Report on the working of the mental hospitals for Indians in Bihar and Orissa - 1925-1929
Year: 1925
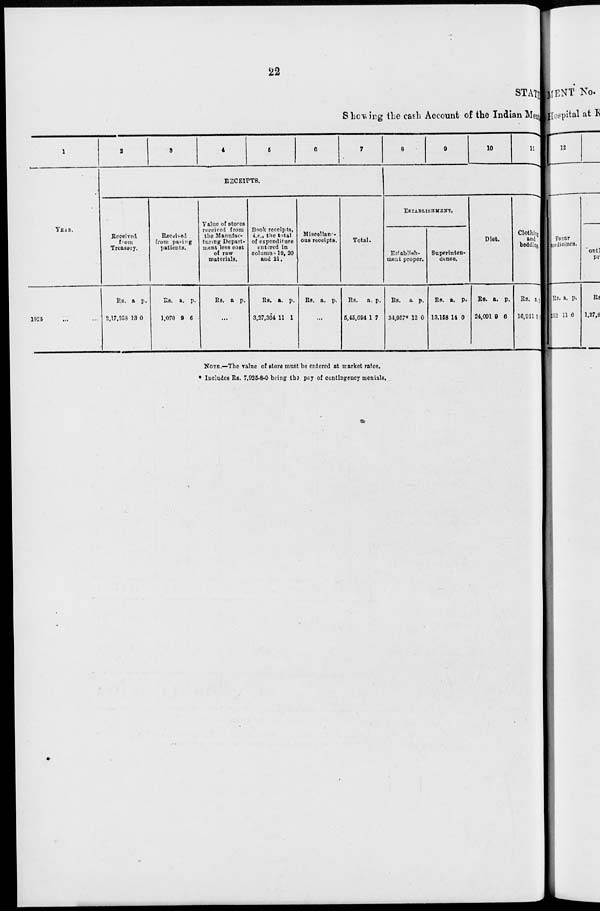
22
STATE
Showing the cash Account of the Indian Men
1
YEAR.
1925 ... ...
2
3
4
5
6
7
RECEIPTS.
Received
from
Treasury.
Rs.
2,17,258
a.
13
p.
0
Received
from paying
patients.
Rs.
1,070
a.
9
p.
6
Value of stores
received from
the Manufac-
turing Depart-
ment less cost
of raw
materials.
Rs. a. p.
...
Book receipts,
i.e., the total
of expenditure
entered in
columns 19, 20
and 21.
Rs.
3,27,364
a.
11
p.
1
Miscellane-
ous receipts.
Rs. a. p.
...
Total.
Rs.
5,45,694
a.
1
p.
7
8
9
10
11
ESTABLISHMENT.
Establish-
ment proper.
Rs.
34,957*
a.
12
p.
0
Superinten-
dence.
Rs.
13,158
a.
14
p.
0
Diet.
Rs.
24,091
a.
9
p.
6
Clothing
and
bedding.
Rs.
16,941
a.
0
p.
6
NOTE.—The value of store must be entered at market rates.
* Includes Rs. 7,925-8-0 being the pay of contingency menials.